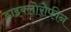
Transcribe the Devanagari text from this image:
डाइक्लोरोफीन